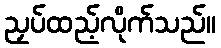
ညှပ်ထည့်လိုက်သည်။